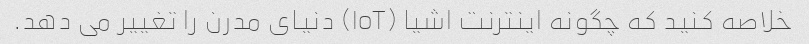
خلاصه کنید که چگونه اینترنت اشیا (IoT) دنیای مدرن را تغییر می دهد.